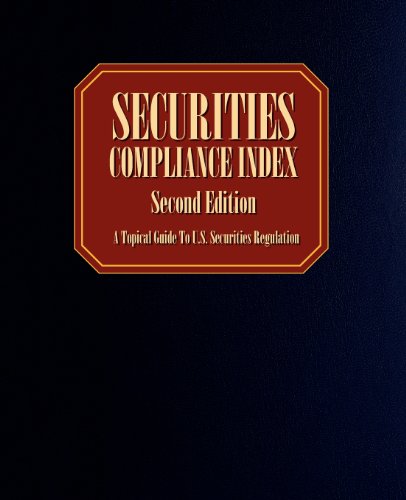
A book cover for Securities Compliance Index, Second Edition: A Topical Guide to U.S. Securities Regulation; Securities Compliance Index; Law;